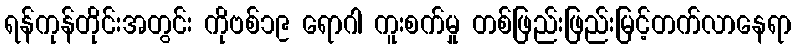
ရန်ကုန်တိုင်းအတွင်း ကိုဗစ်၁၉ ရောဂါ ကူးစက်မှု တစ်ဖြည်းဖြည်းမြင့်တက်လာနေရာ